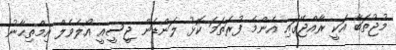
މުޖުތަބާ އަކީ ރާއްޖޭގައި އެންމެ ފުރަތަމަ ކޮޅު ލަންޑަން ޖީސީއީ އޯލެވެލް އިމްތިޙާނު